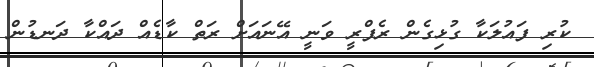
ކުރި ފައުލަކާ ގުޅިގެން ރެފްރީ ވަނީ އޭނައަށް ރަތް ކާޑެއް ދައްކާ ދަނޑުން